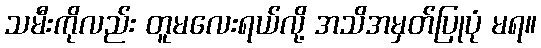
သမီးကိုလည်း တူမလေးရယ်လို့ အသိအမှတ်ပြုပုံ မရ။